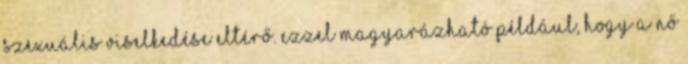
szexuális viselkedése eltérő. Ezzel magyarázható például, hogy a nő